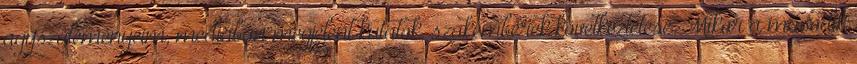
agyszüleményeim, médiában megjelent kutatók, szakemberek következtetése. Mikor a második